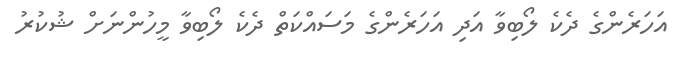
އަހަރެންގެ ދެކެ ލޯބިވާ އަދި އަހަރެންގެ މަސައްކަތް ދެކެ ލޯބިވާ މީހުންނަށް ޝުކުރު